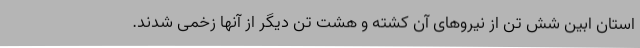
استان ابین شش تن از نیروهای آن کشته و هشت تن دیگر از آنها زخمی شدند.